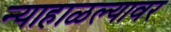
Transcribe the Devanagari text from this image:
न्याहाळल्यावर